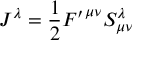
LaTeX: J ^ { \lambda } = \frac { 1 } { 2 } { F ^ { \prime } } ^ { { \mu } { \nu } } S _ { { \mu } { \nu } } ^ { \lambda }